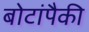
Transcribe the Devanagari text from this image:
बोटांपैकी